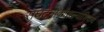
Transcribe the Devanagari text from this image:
संघटनाकौशल्याशिवाय